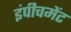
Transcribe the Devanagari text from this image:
इंपीचमेंट